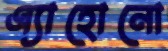
এ্যাহোনো